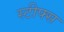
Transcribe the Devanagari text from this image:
स्टीफ्स